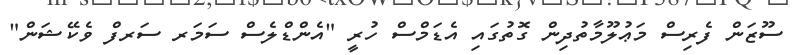
ސޫޒަން ފެރިސް މަޢުލޫމާތުދިން ގޮތުގައި އެޑަމްސް ހުރީ "އެންޑްލެސް ސަމަރ ސަރފް ވެކޭޝަން"